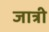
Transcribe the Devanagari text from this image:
जात्री